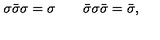
\sigma \bar { \sigma } \sigma = \sigma \qquad \bar { \sigma } \sigma \bar { \sigma } = \bar { \sigma } ,